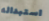
استبداله